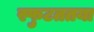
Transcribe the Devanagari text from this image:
स्फुटततया